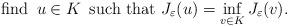
LaTeX: \begin{align*}\textrm{find }\,u\in K\,\textrm{ such that }J_\varepsilon(u)=\inf_{v\in K}J_\varepsilon(v).\end{align*}